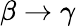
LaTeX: \beta\rightarrow\gamma